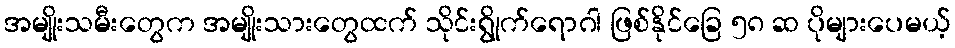
အမျိုးသမီးတွေက အမျိုးသားတွေထက် သိုင်းရွိုက်ရောဂါ ဖြစ်နိုင်ခြေ ၅၈ ဆ ပိုများပေမယ့်